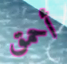
أحمق